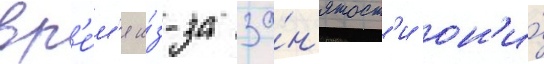
вр'е́м'я и́з-за за́н'ятост'и он'и́